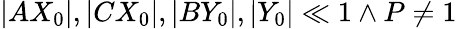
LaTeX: |AX_{0}|,|CX_{0}|,|BY_{0}|,|Y_{0}|\ll 1\land P\neq 1